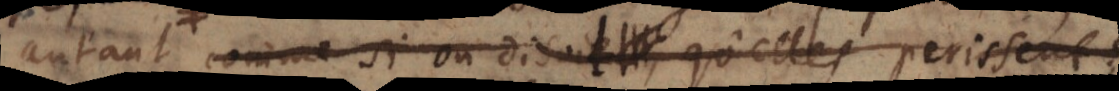
− comme si on disoit qu’elles perissent,